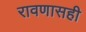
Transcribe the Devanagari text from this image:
रावणासही